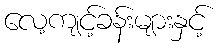
လေ့ကျင့်ခန်းများနှင့်